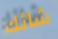
شائك